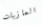
العازبات